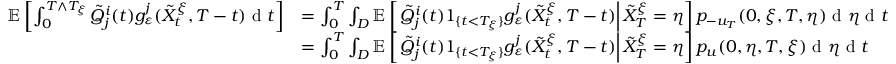
\begin{array} { r l } { \mathbb { E } \left[ \int _ { 0 } ^ { T \wedge T _ { \xi } } \tilde { Q } _ { j } ^ { i } ( t ) g _ { \varepsilon } ^ { j } ( \tilde { X } _ { t } ^ { \xi } , T - t ) \textrm { d } t \right] } & { = \int _ { 0 } ^ { T } \int _ { D } \mathbb { E } \left[ \left. \tilde { Q } _ { j } ^ { i } ( t ) 1 _ { \{ t < T _ { \xi } \} } g _ { \varepsilon } ^ { j } ( \tilde { X } _ { t } ^ { \xi } , T - t ) \right| \tilde { X } _ { T } ^ { \xi } = \eta \right] p _ { - u _ { T } } ( 0 , \xi , T , \eta ) \textrm { d } \eta \textrm { d } t } \\ & { = \int _ { 0 } ^ { T } \int _ { D } \mathbb { E } \left[ \left. \tilde { Q } _ { j } ^ { i } ( t ) 1 _ { \{ t < T _ { \xi } \} } g _ { \varepsilon } ^ { j } ( \tilde { X } _ { t } ^ { \xi } , T - t ) \right| \tilde { X } _ { T } ^ { \xi } = \eta \right] p _ { u } ( 0 , \eta , T , \xi ) \textrm { d } \eta \textrm { d } t } \end{array}